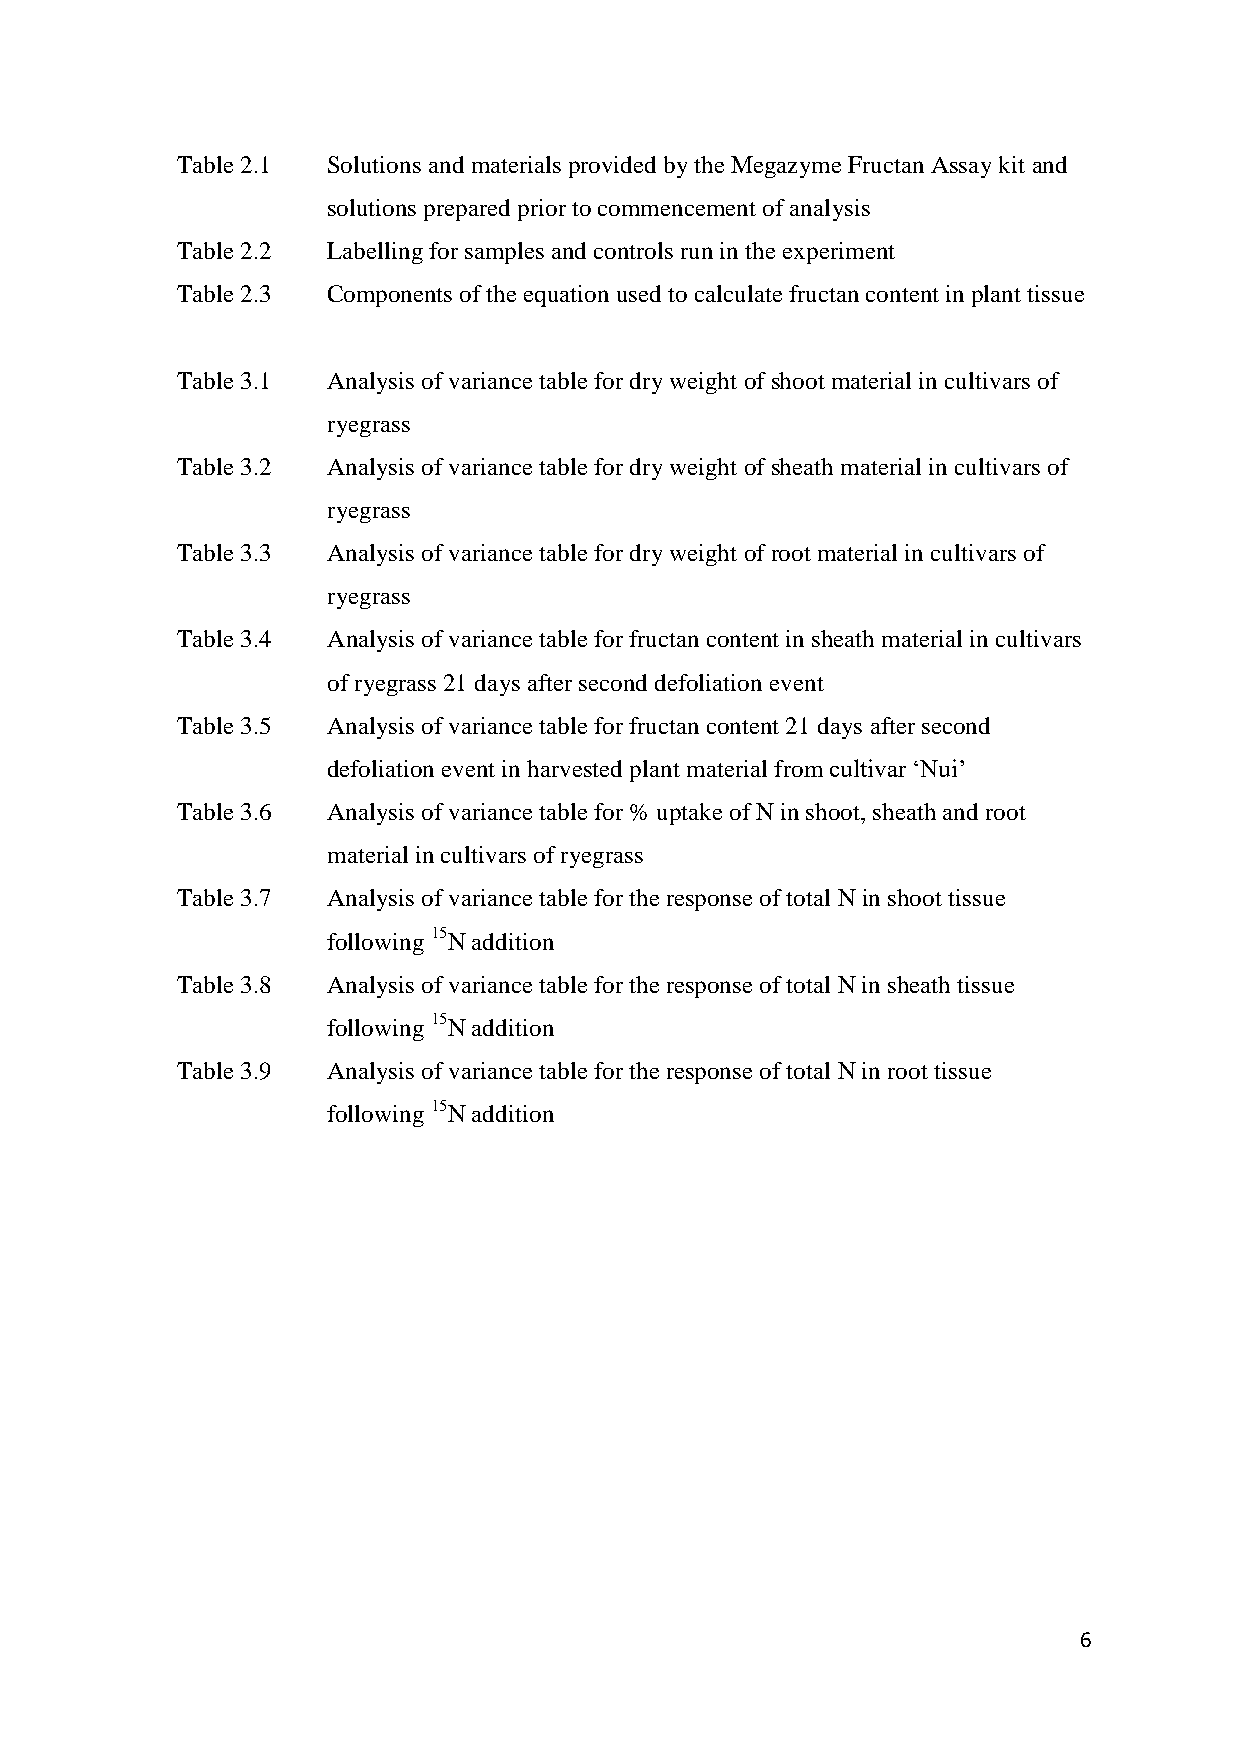
Table 2.1 Solutions and materials provided by the Megazyme Fructan Assay kit and
 solutions prepared prior to commencement of analysis
 Table 2.2 Labelling for samples and controls run in the experiment
 Table 2.3 Components of the equation used to calculate fructan content in plant tissue
 Table 3.1 Analysis of variance table for dry weight of shoot material in cultivars of
 ryegrass
 Table 3.2 Analysis of variance table for dry weight of sheath material in cultivars of
 ryegrass
 Table 3.3 Analysis of variance table for dry weight of root material in cultivars of
 ryegrass
 Table 3.4 Analysis of variance table for fructan content in sheath material in cultivars
 of ryegrass 21 days after second defoliation event
 Table 3.5 Analysis of variance table for fructan content 21 days after second
 defoliation event in harvested plant material from cultivar ‘Nui’
 Table 3.6 Analysis of variance table for % uptake of N in shoot, sheath and root
 material in cultivars of ryegrass
 Table 3.7 Analysis of variance table for the response of total N in shoot tissue
 following 15N addition
 Table 3.8 Analysis of variance table for the response of total N in sheath tissue
 following 15N addition
 Table 3.9 Analysis of variance table for the response of total N in root tissue
 following 15N addition
 6